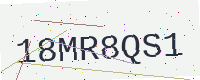
Text: 18MR8QS1